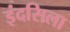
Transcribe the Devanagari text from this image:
इंदसिला